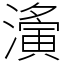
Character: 濥